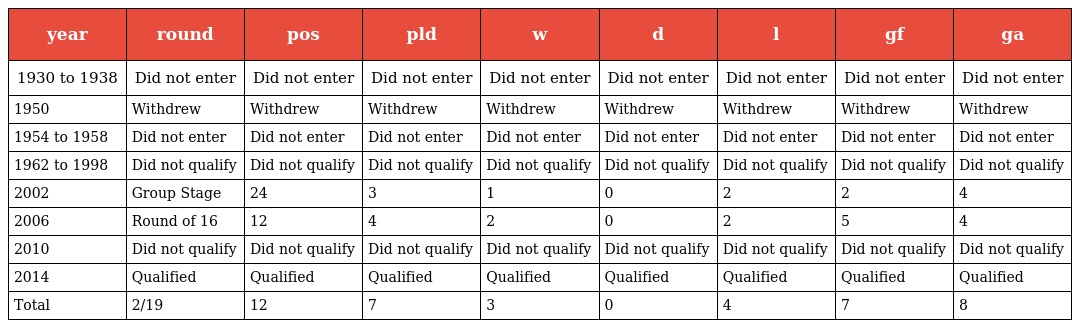
| year | round | pos | pld | w | d | l | gf | ga |
 | --- | --- | --- | --- | --- | --- | --- | --- | --- |
 | 1930 to 1938 | Did not enter | Did not enter | Did not enter | Did not enter | Did not enter | Did not enter | Did not enter | Did not enter |
 | 1950 | Withdrew | Withdrew | Withdrew | Withdrew | Withdrew | Withdrew | Withdrew | Withdrew |
 | 1954 to 1958 | Did not enter | Did not enter | Did not enter | Did not enter | Did not enter | Did not enter | Did not enter | Did not enter |
 | 1962 to 1998 | Did not qualify | Did not qualify | Did not qualify | Did not qualify | Did not qualify | Did not qualify | Did not qualify | Did not qualify |
 | 2002 | Group Stage | 24 | 3 | 1 | 0 | 2 | 2 | 4 |
 | 2006 | Round of 16 | 12 | 4 | 2 | 0 | 2 | 5 | 4 |
 | 2010 | Did not qualify | Did not qualify | Did not qualify | Did not qualify | Did not qualify | Did not qualify | Did not qualify | Did not qualify |
 | 2014 | Qualified | Qualified | Qualified | Qualified | Qualified | Qualified | Qualified | Qualified |
 | Total | 2/19 | 12 | 7 | 3 | 0 | 4 | 7 | 8 |